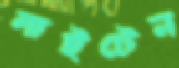
লাইটেন